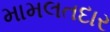
મામલતદાર